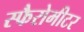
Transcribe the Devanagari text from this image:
स्फैरोमीटर